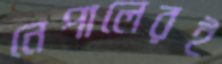
নেপালেরই